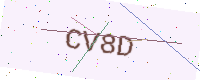
Text: CV8D